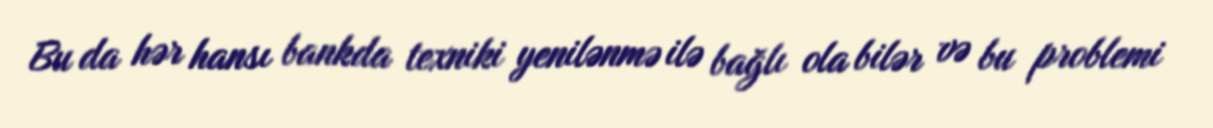
Bu da hər hansı bankda texniki yenilənmə ilə bağlı ola bilər və bu problemi